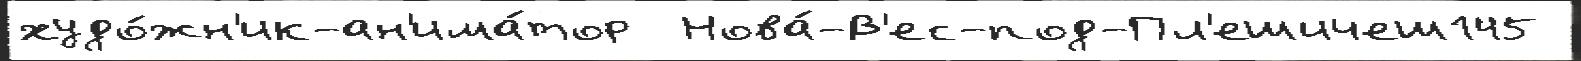
худо́жн'ик-ан'има́тор  Нова́-В'ес-под-Пл'ешичеш145